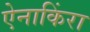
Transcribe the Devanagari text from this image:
ऐनाकिंरा